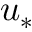
u _ { * }